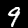
Digit: 9